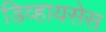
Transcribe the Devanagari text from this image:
डिव्हायसेस